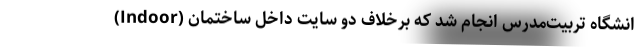
انشگاه تربیت‌مدرس انجام شد که برخلاف دو سایت داخل ساختمانِ (Indoor)